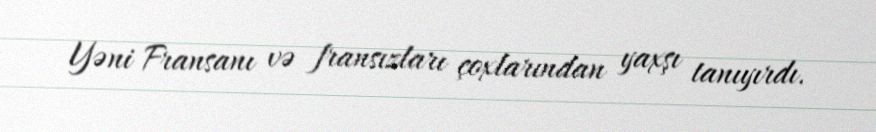
Yəni Fransanı və fransızları çoxlarından yaxşı tanıyırdı.